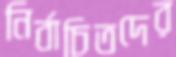
নির্বাচিতদের